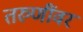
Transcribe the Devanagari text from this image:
तरुणींवर